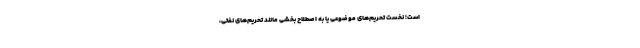
است؛ نخست تحریم‌های موضوعی یا به اصطلاح بخشی مانند تحریم‌های نفتی،